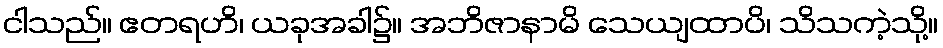
ငါသည်။ ဧတရဟိ၊ ယခုအခါ၌။ အဘိဇာနာမိ သေယျထာပိ၊ သိသကဲ့သို့။